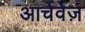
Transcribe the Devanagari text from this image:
आर्चवेज़